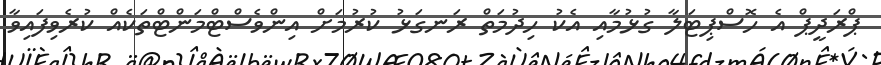
ޕްރަދީޕް އެ ހޮސްޕިޓަލާ ގުޅުމާއި އެކު ހިދުމަތް ރަނގަޅު ކުރުމަށް އިންވެސްޓްމަންޓްތަކެއްް ކުރެވިފައިވާ